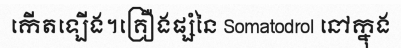
កើតឡើង។គ្រឿងផ្សំនៃ Somatodrol នៅក្នុង